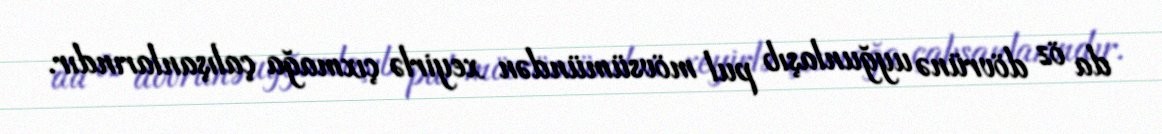
da öz dövrünə uyğunlaşıb pul mövsümündən xeyirlə çıxmağa çalışanlarındır.